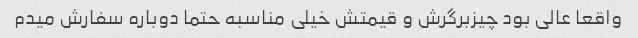
واقعا عالی بود چیزبرگرش و قیمتش خیلی مناسبه حتما دوباره سفارش میدم